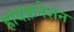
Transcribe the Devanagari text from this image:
हायफ़नेशन